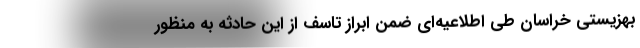
بهزیستی خراسان طی اطلاعیه‌ای ضمن ابراز تاسف از این حادثه به منظور